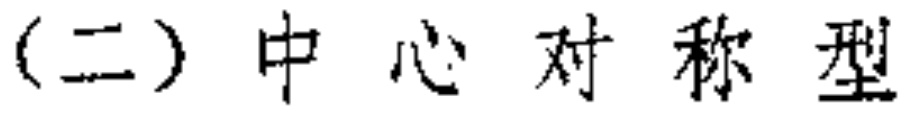
(二) 中心对称型